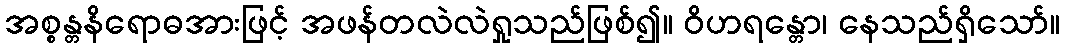
အစ္စန္တနိရောဓအားဖြင့် အဖန်တလဲလဲရှုသည်ဖြစ်၍။ ဝိဟရန္တော၊ နေသည်ရှိသော်။